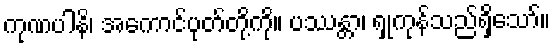
ကုဏပါနိ၊ အကောင်ပုတ်တို့ကို။ ပဿန္တာ၊ ရှုကုန်သည်ရှိသော်။